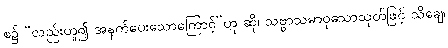
စ၌ “လည်းဟူ၍ အနက်ပေးသောကြောင့်”ဟု ဆို၊ သဗ္ဗာသမာဝုသောသုတ်ဖြင့် သိချေ၊